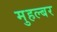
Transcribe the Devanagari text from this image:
मुहल्बर